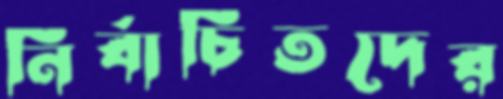
নির্বাচিতদের